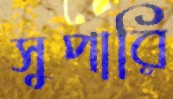
সুপারি